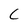
Character: C